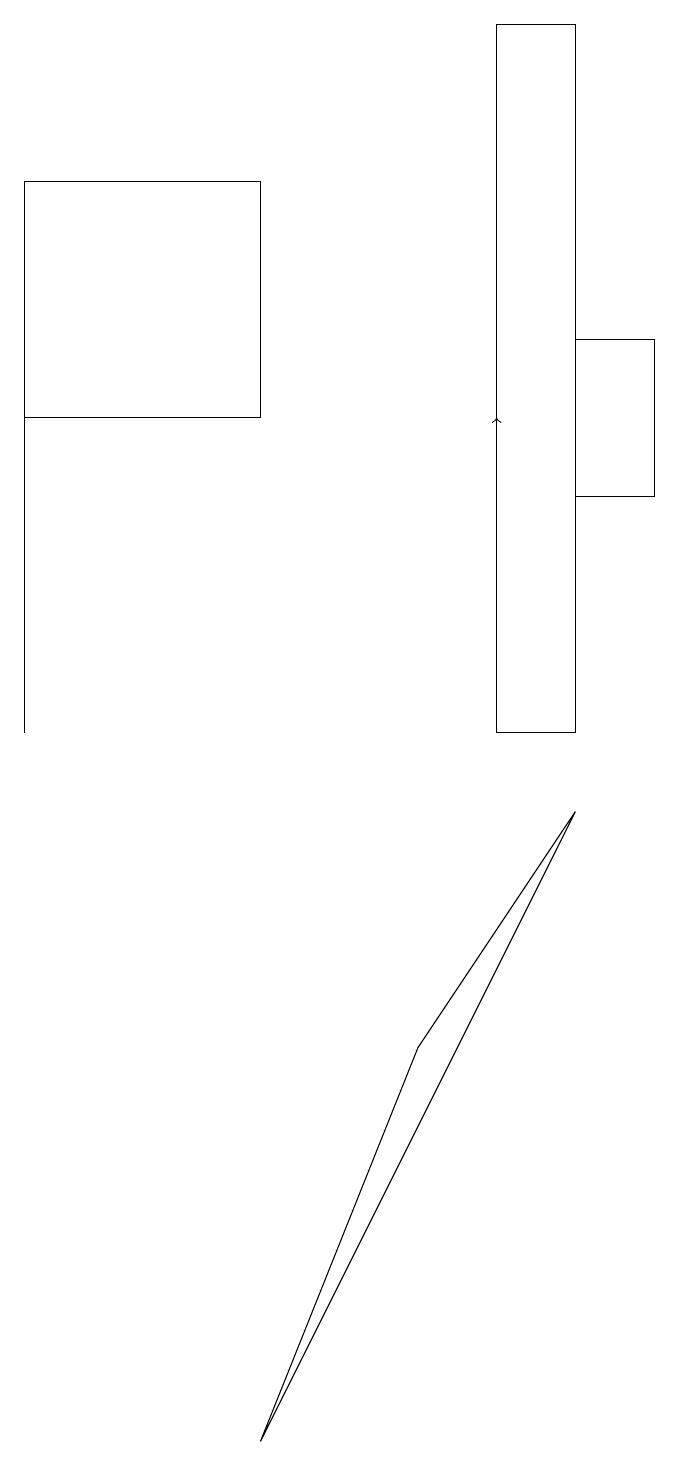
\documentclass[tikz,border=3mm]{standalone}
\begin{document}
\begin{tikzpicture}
\draw (3,17) rectangle (0,14);
\draw (5,6) -- (3,1) -- (7,9) -- cycle;
\draw (7,13) rectangle (8,15);
\draw (0,15) rectangle (0,10);
\draw (7,10) rectangle (6,19);
\draw[->] (6,14) -- (6,14);
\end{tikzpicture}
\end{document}